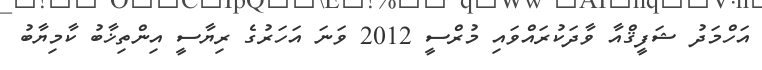
އަހްމަދު ޝަފީޤްއާ ވާދަކުރައްވައި މުރްސީ 2012 ވަނަ އަހަރުގެ ރިޔާސީ އިންތިޚާބު ކާމިޔާބު